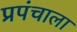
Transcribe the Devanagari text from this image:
प्रपंचाला